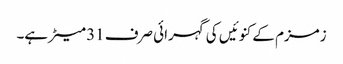
زمزم کے کنوئیں کی گہرائی صرف 31 میٹر ہے۔